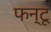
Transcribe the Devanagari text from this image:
फन्टू